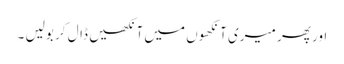
اور پھر میری آنکھوں میں آنکھیں ڈال کر بولیں ۔